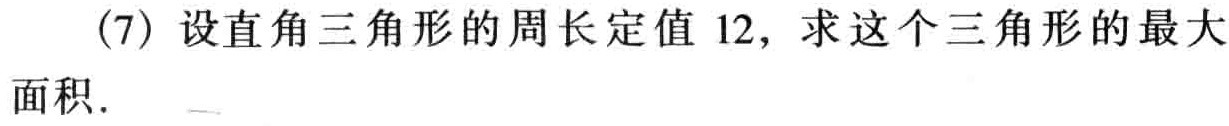
(7) 设直角三角形的周长定值 12，求这个三角形的最大面积.